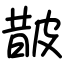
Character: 皵